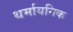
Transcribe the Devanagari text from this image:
थर्मायनिक